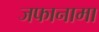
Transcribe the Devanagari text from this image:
जफानामा